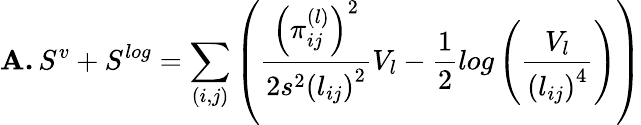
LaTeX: \textbf{A.}\, S^{v}+S^{log}=\sum_{(i,j)}\left(\frac{\left(\pi_{ij}^{(l)}\right)^{2}}{2s^{2}\left(l_{ij}\right)^{2}}V_{l}-\frac{1}{2}log\left(\frac{V_{l}}{\left(l_{ij}\right)^{4}}\right)\right)